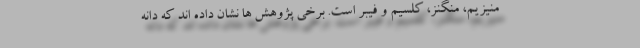
منیزیم، منگنز، کلسیم و فیبر است. برخی پژوهش ها نشان داده اند که دانه